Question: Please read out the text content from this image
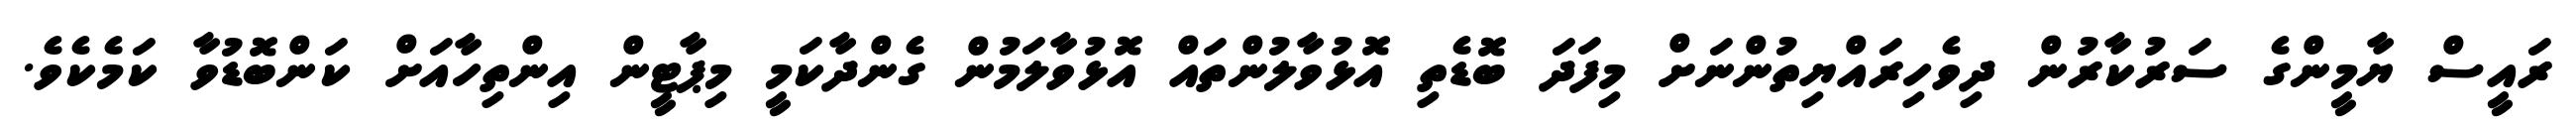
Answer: ރައީސް ޔާމީންގެ ސަރުކާރުން ދިވެހިރައްޔިތުންނަށް މިފަދަ ބޮޑެތި އޮޅުވާލުންތައް އޮޅުވާލަމުން ގެންދާކަމީ މިޕާޓީން އިންތިހާއަށް ކަންބޮޑުވާ ކަމެކެވެ.